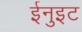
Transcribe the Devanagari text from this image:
ईनुइट